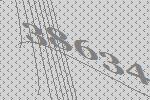
38634